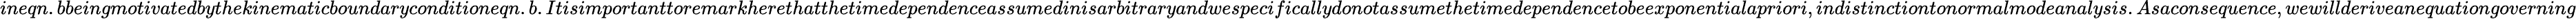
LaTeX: ineqn.bbeingmotivatedbythekinematicboundaryconditioneqn.b.Itisimportanttoremarkherethatthetimedependenceassumedinisarbitraryandwespecifically\textit{donot}assumethetimedependencetobeexponentialapriori,indistinctiontonormalmodeanalysis.Asaconsequence,wewill\textit{deriveanequation}governing